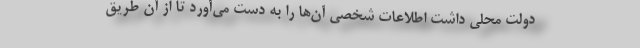
دولت محلی داشت اطلاعات شخصی آن‌ها را به دست می‌آورد تا از آن طریق